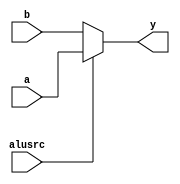
module top_mux(
	output wire [31:0] y, 		// output of mux
	input  wire [31:0] a, b, 	// input a = 1'b1, b = 1'b0
	input  wire alusrc			// select, single bit
    );
	 
	assign y = alusrc ? a: b;	// the type after assign must be WIRE
									// if sel = 1, then y = a
									// if sel = 0, then y = b
endmodule